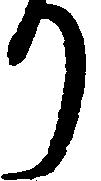
り